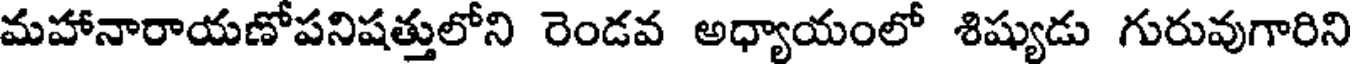
మహానారాయణోపనిషత్తులోని రెండవ అధ్యాయంలో శిష్యుడు గురువుగారిని